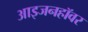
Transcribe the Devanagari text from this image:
आइजनहॉवर